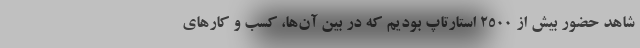
شاهد حضور بیش از ۲۵۰۰ استارتاپ بودیم که در بین آن‌ها، کسب و کارهای